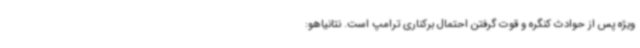
ویژه پس از حوادث کنگره و قوت گرفتن احتمال برکناری ترامپ است. نتانیاهو: